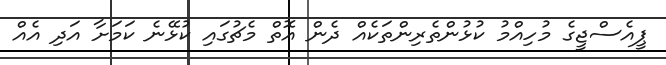
ޕީއެސްޖީގެ މުހިއްމު ކުޅުންތެރިންތަކެއް ދެން އޮތް މެޗުގައި ކުޅޭނެ ކަމަށާ އަދި އެއް